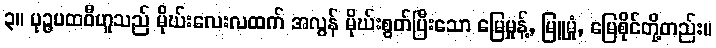
၃။ ပုဉ္ဇပထဝီဟူသည် မိုဃ်းလေးလထက် အလွန် မိုဃ်းစွတ်ပြီးသော မြေမှုန့်, မြူမှုံ, မြေစိုင်တို့တည်း။